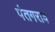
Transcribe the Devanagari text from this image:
पंतगराव